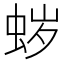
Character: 𱿡